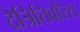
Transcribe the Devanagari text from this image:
देत्रितिवोरेस